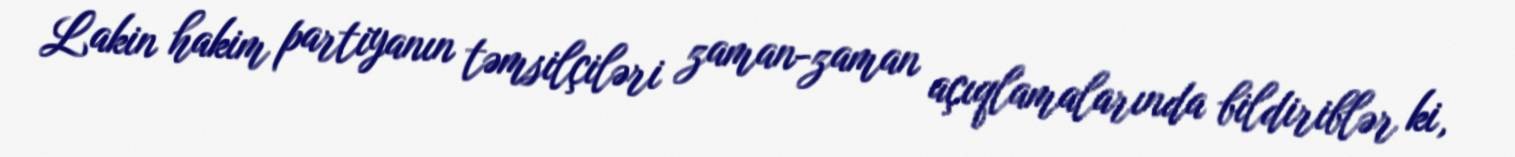
Lakin hakim partiyanın təmsilçiləri zaman-zaman açıqlamalarında bildiriblər ki,